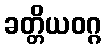
ခတ္တိယဝဂ္ဂ